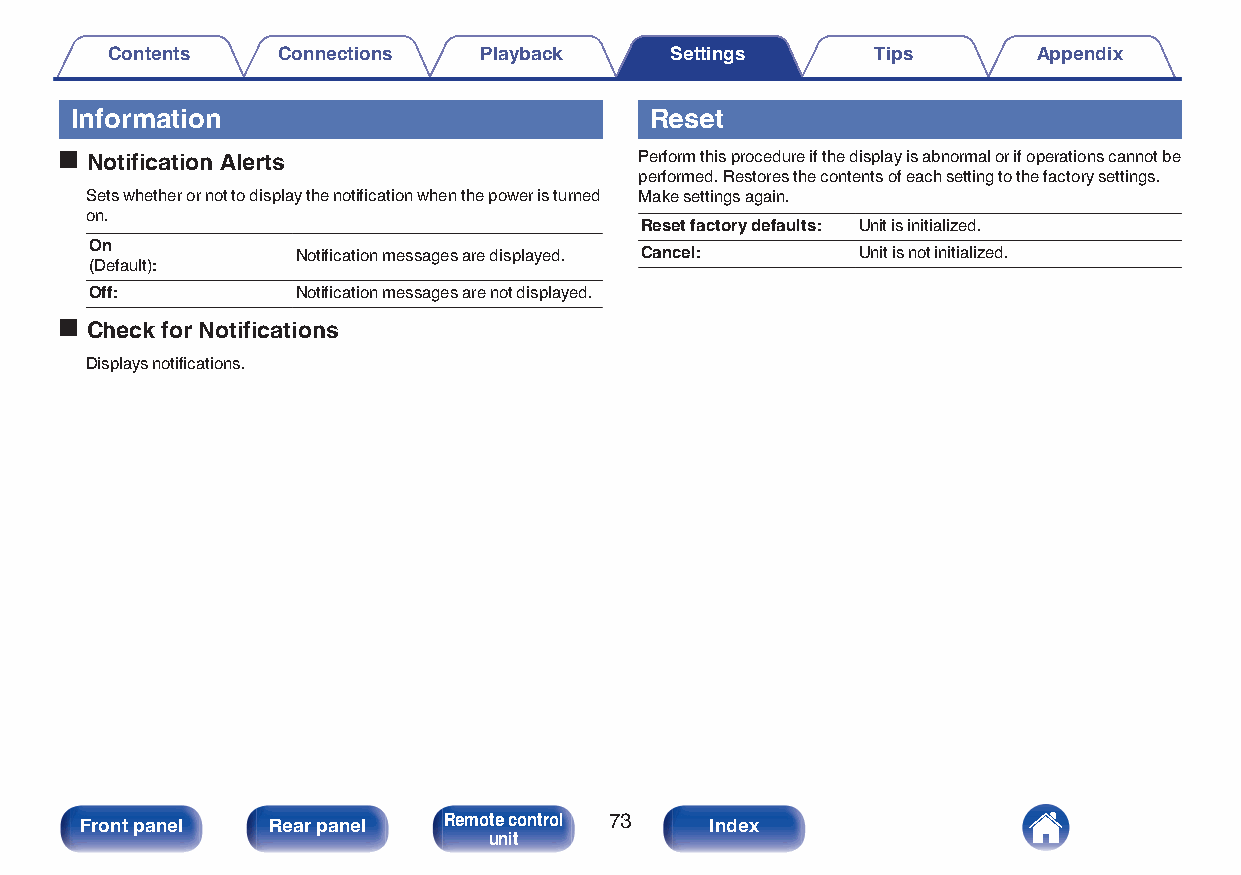
Contents   Connections   Playback    Settings      Tips       Appendix
 Information                           Reset
 o Notification Alerts                 Perform this procedure if the display is abnormal or if operations cannot be
 performed. Restores the contents of each setting to the factory settings.
 Sets whether or not to display the notification when the power is turned Make settings again.
 on.
 Reset factory defaults: Unit is initialized.
 On
 Notification messages are displayed. Cancel: Unit is not initialized.
 (Default):
 Off:          Notification messages are not displayed.
 o Check for Notifications
 Displays notifications.
 Front panel  Rear panel Remote control 73 Index
 unit